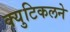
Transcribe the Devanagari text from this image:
क्युटिकलने